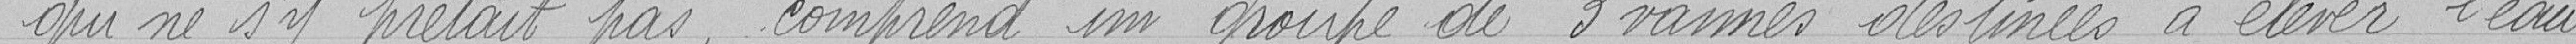
qui ne s'y prêtait pas, comprend un groupe de 3 vannes destinées à élever l'eau